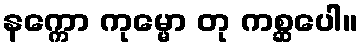
နက္ကော ကုမ္မော တု ကစ္ဆပေါ။